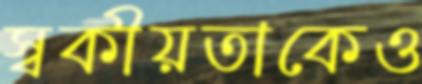
স্বকীয়তাকেও